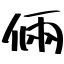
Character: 倆